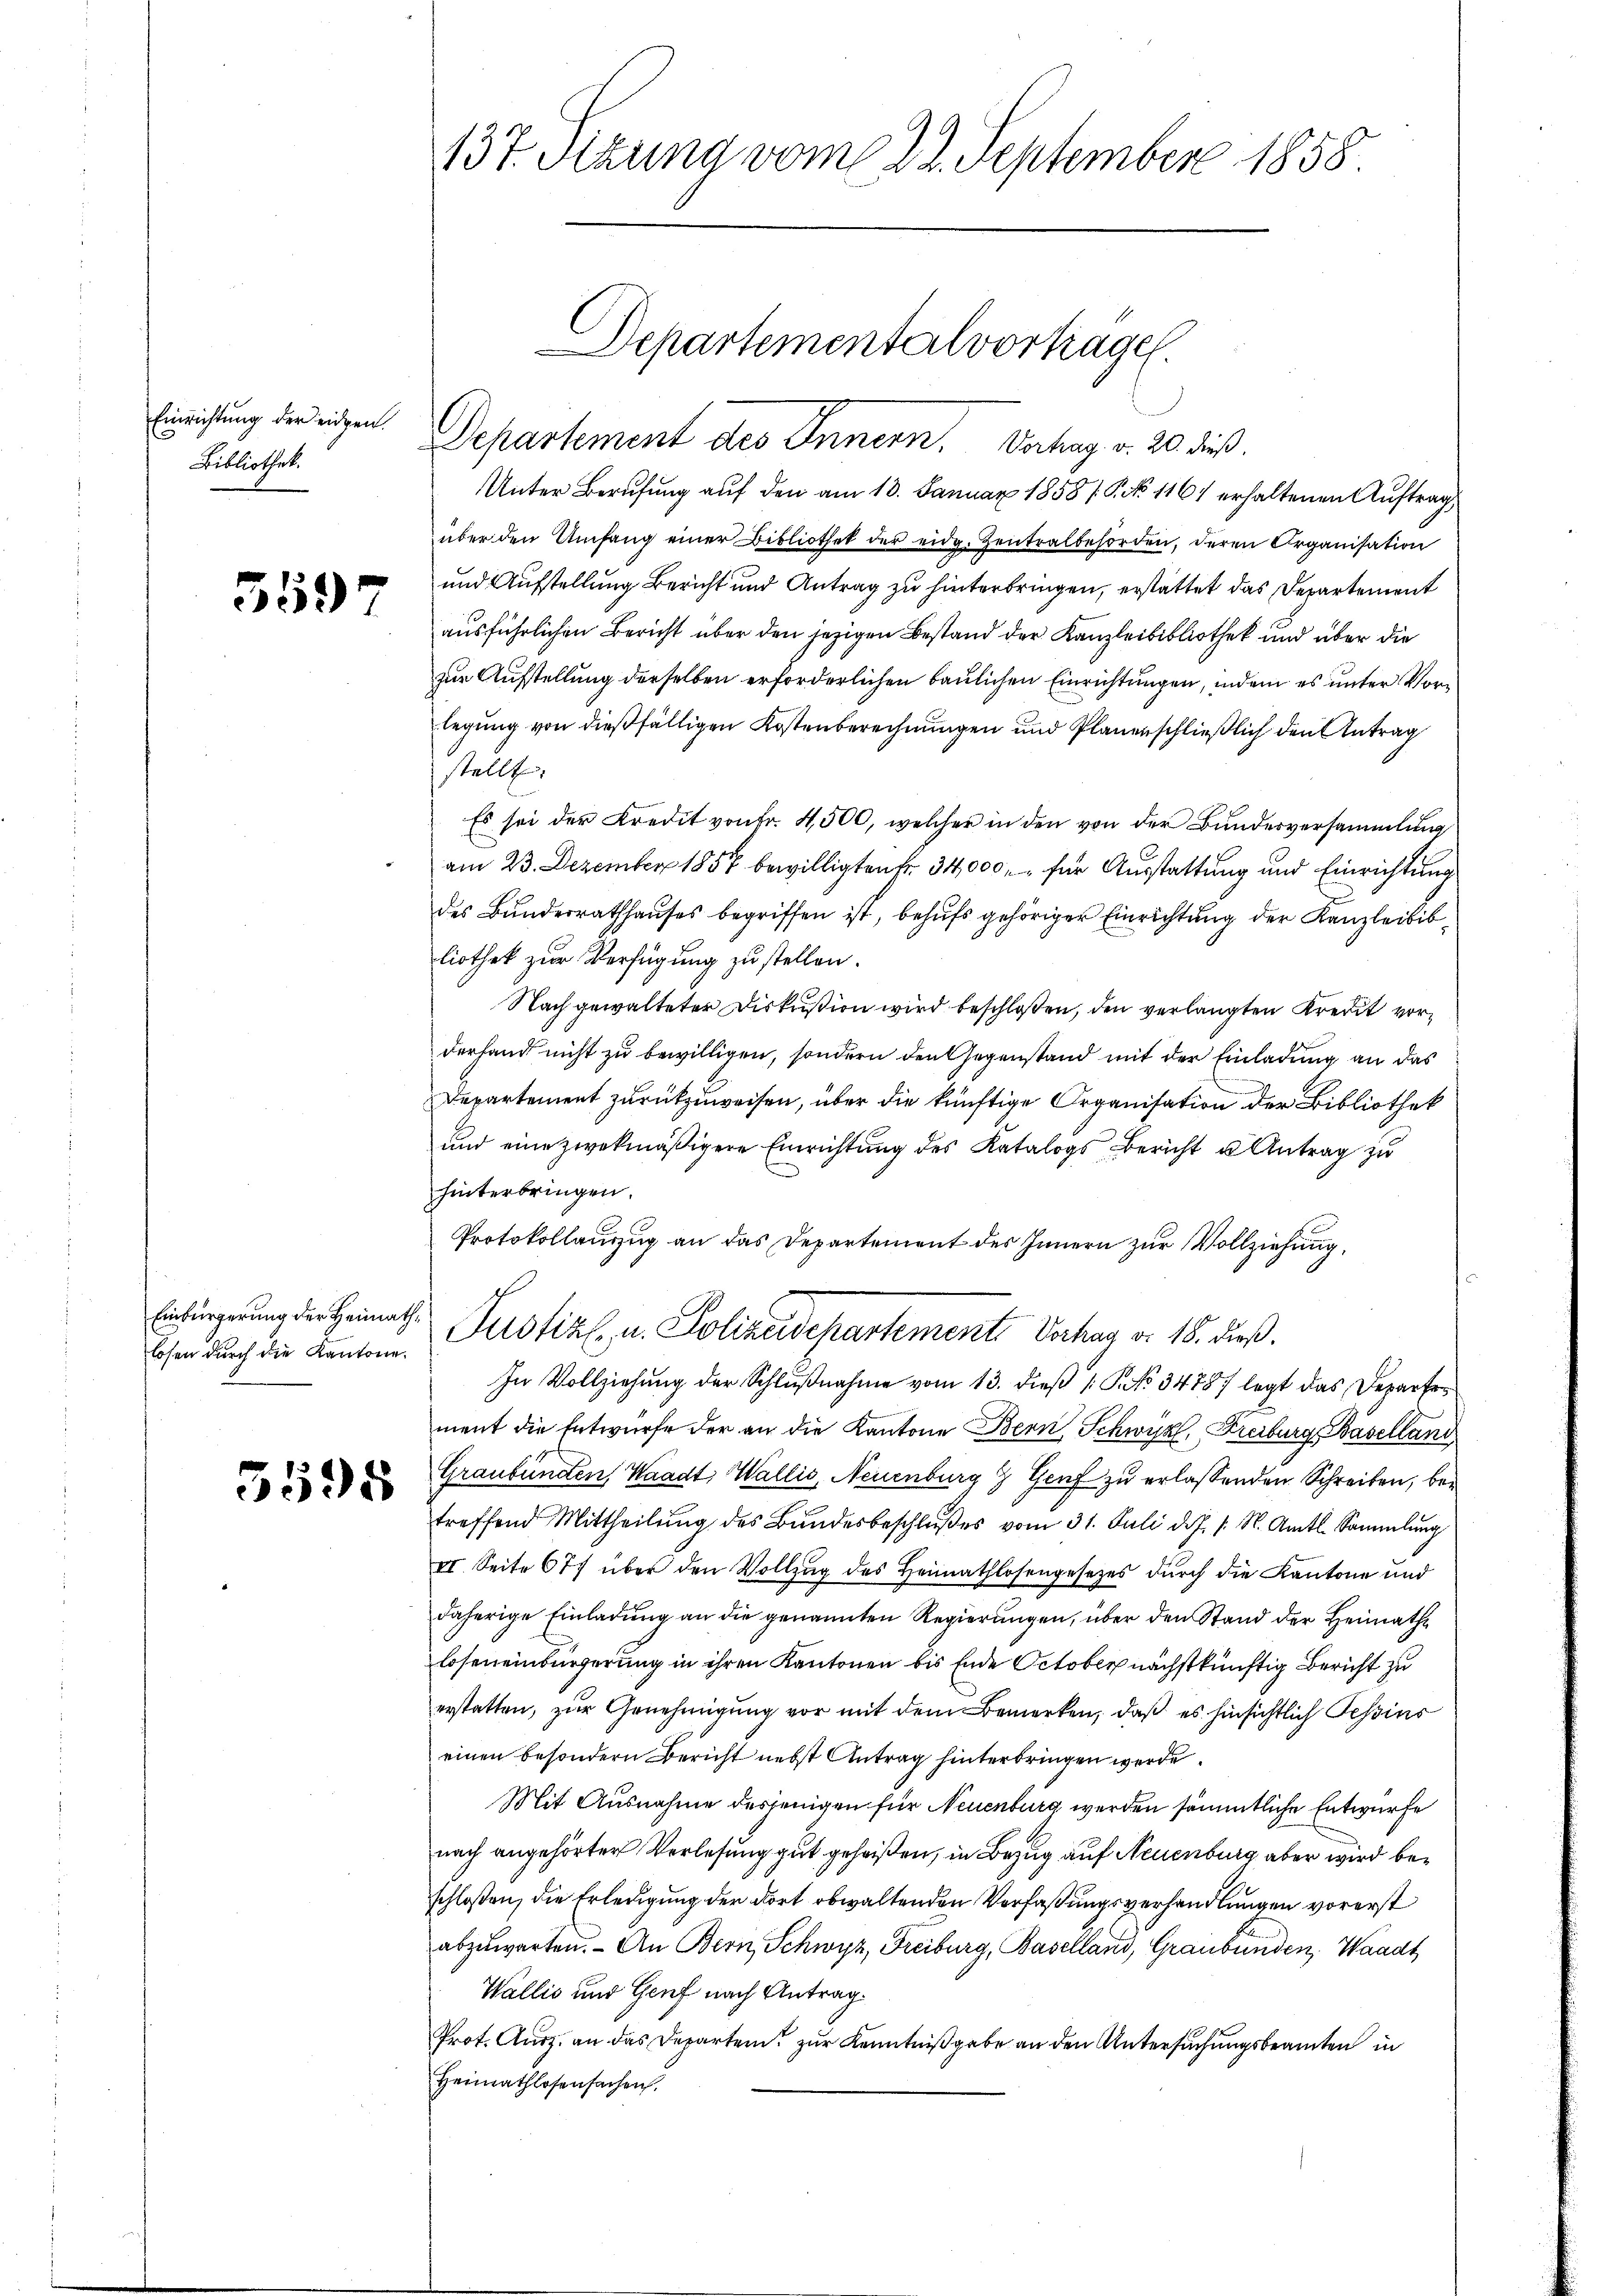
Einrichtung der eidgen.
Bibliothek.

559

Einbürgerung der Heimathlosen durch die Kantone.

5598

137. Sizung vom 22. September 1858

Departement des Innern. Verhag v. 20. dieß.
Unter Berufung auf den am 18. Januar 1858 / 5. No 1161 erhaltenen Auftrag,
über den Umfang einer Bibliothek der eidg. Zentralbehörden, deren Organisation
und Aufstellung Bericht und Antrag zu hinterbringen, erstattet das Departement
ausführlichen Bericht über den jezigen Bestand der Kanzleibibliothek und über die
zur Aufstellung derselben erforderlichen baulichen Einrichtungen, indem es unter Vorlegung von dießfälligen Kostenberechnungen und Planenschließlich den Antrag
stellt,
Es sei der Kredit von Fr. 4500, welcher in den von der Bundesversammlung
am 23. Dezember 1857 bewilligten Fr. 34,000. für Ausstattung und Einrichtung
des Bundesrathhauses begriffen ist, behufs gehöriger Einrichtung der Kanzleibibliothek zur Verfügung zu stellen.
Nach gewalteter Diskußion wird beschloßen, den verlangten Kredit vorderhand nicht zu bewilligen, sondern den Gegenstand mit der Einladung an das
Departement zurückzuweisen, über die künftige Organisation der Bibliothek
und eine zwekmäßigere Einrichtung des Katalogs Bericht u Antrag zu
hinterbringen.
Protokollanzug an das Departement des Innern zur Vollziehung,
Justizl, u. Polizeidepartemente Verhag v. 18. dieß.
In Vollziehung der Schlŭβnahme vom 13. dieß 1: Pto 34787 legt das Departe
ment die Entwurfe der an die Kantone Bern, Schwyz, Freiburg Baselland
Graubünden, Waadt, Wallis, Neuenburg 3 Genf zu erlassenden Schreiben, betreffend Mittheilŭng des Bŭndesbeschlŭβes vom 31. Juli d.J. s. S. Amtl. Sammlung
II. Seite 677 über den Vollzug des Heimathlosengesetzes durch die Kantone und
daherige Einladung an die genannten Regierungen, über den Stand der Heimathe
losen einbürgerung in ihren Kantonen bis Ende October nächstkünftig Bericht zu
erstatten, zur Genehmigung vor mit dem Bemerken, daß es hinsichtlich Tessins
einen besondern Bericht nebst Antrag hinterbringen werde.
Mit Ausnahme desjenigen für Neuenburg werden sämmtliche Entwurfe
nach angehörter Verlesung gut geheißen, in Bezug auf Neuenburg aber wird beschloßen, die Erledigung der dort obwaltenden Verfaßungsverhandlungen vorerst
abzuwarten. - An Bern, Schwyz, Freiburg, Baselland, Graubünden, Waadt
Wallis und Genf nach Antrag.
Prot. Ausz. an das Departen zur Kenntnißgabe an den Untersuchungsbeamten in
Heimathlosensachen,

Departementalvortragen.